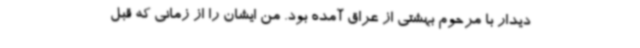
دیدار با مرحوم بهشتی از عراق آمده‌ بود. من ایشان را از زمانی که قبل